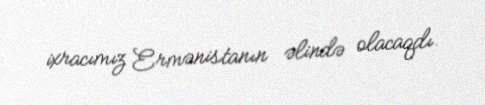
ixracımız Ermənistanın əlində olacaqdı.